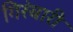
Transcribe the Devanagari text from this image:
गिरंबारी